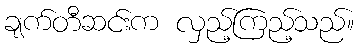
ချက်တီဆင်းက လှည့်ကြည့်သည်။